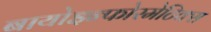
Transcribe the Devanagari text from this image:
बायोइन्फोरमेटिक्स